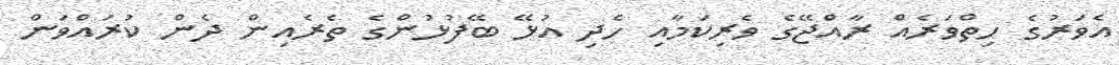
އެވަރުގެ ހިތްވަރެއް ރާއްޖޭގެ ވެރިކަމާއި ހެދި އުޅޭ ބޭފުޅުންގެ ތެރެއިން ދެން ކުރައްވަން